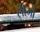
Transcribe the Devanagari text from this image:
लीगो